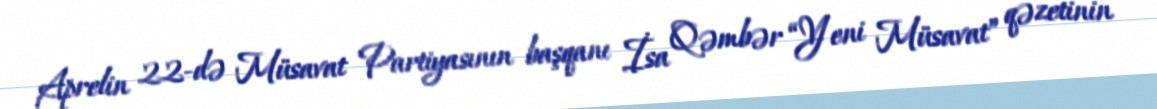
Aprelin 22-də Müsavat Partiyasının başqanı İsa Qəmbər “Yeni Müsavat” qəzetinin